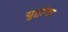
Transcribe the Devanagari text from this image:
युद्धांचा